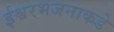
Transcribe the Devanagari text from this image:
ईश्वरभजनाकडे